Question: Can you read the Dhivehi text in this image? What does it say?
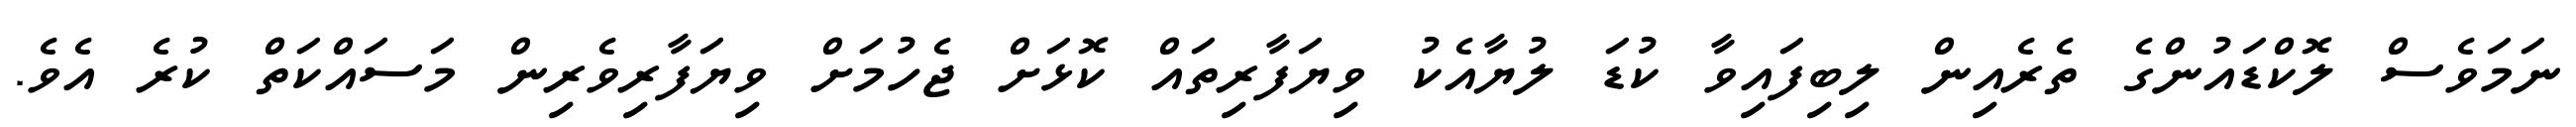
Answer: ނަމަވެސް ލޮކްޑައުންގެ ތެރެއިން ލިބިފައިވާ ކުޑަ ލުޔާއެކު ވިޔަފާރިތައް ކޮޅަށް ޖެހުމަށް ވިޔަފާރިވެރިން މަސައްކަތް ކުރެ އެވެ.